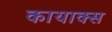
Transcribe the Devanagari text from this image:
कायाक्स